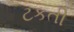
ટકતી